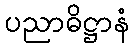
ပညာဓိဋ္ဌာနံ